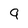
Character: 9